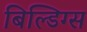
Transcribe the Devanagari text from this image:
बिल्डिग्स